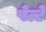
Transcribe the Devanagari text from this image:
पेल्टे